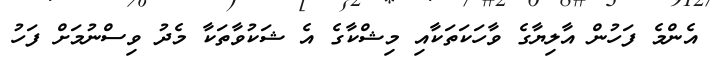
އެންމެ ފަހުން އާލިޔާގެ ވާހަކަތަކާއި މިޝްކާގެ އެ ޝަކުވާތަކާ މެދު ވިސްނުމަށް ފަހު